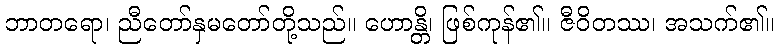
ဘာတရော၊ ညီတော်နှမတော်တို့သည်။ ဟောန္တိ၊ ဖြစ်ကုန်၏။ ဇီဝိတဿ၊ အသက်၏။